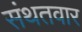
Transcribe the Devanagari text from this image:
संथतवार